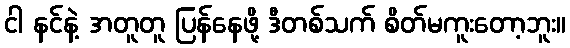
ငါ နင်နဲ့ အတူတူ ပြန်နေဖို့ ဒီတစ်သက် စိတ်မကူးတော့ဘူး။